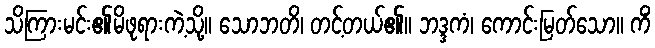
သိကြားမင်း၏မိဖုရားကဲ့သို့။ သောဘတိ၊ တင့်တယ်၏။ ဘဒ္ဒကံ၊ ကောင်းမြတ်သော။ ကိံ